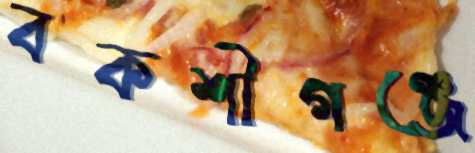
বকশীগঞ্জে